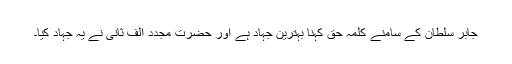
جابر سلطان کے سامنے کلمۂ حق کہنا بہترین جہاد ہے اور حضرت مجدد الف ثانیؒ نے یہ جہاد کیا۔